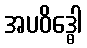
အပဝိဒ္ဓေါ